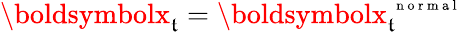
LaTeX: \boldsymbolx_{\mathfrak{t}}=\boldsymbolx_{\mathfrak{t}}^{\mathrm{{~\scriptsize~n~o~r~m~a~l~}}}